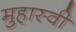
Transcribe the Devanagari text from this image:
मुहास्वी